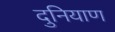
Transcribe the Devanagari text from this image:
दुनियाण